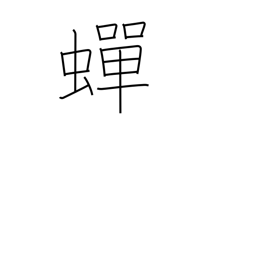
Meaning: continuous